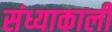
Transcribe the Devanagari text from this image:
संध्याकाली